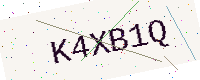
Text: K4XB1Q